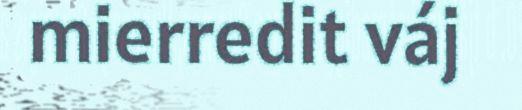
mierredit váj